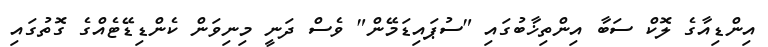
އިންޑިއާގެ ލޮކް ސަބާ އިންތިޚާބުގައި "ސުޕައިޑަމޭން" ވެސް ދަނީ މިނިވަން ކެންޑިޑޭޓެއްގެ ގޮތުގައި